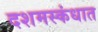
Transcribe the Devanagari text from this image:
दशमस्कंधात